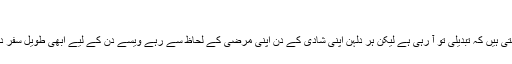
'
سپريت کہتی ہیں کہ تبدیلی تو آ رہی ہے لیکن ہر دلہن اپنی شادی کے دن اپنی مرضی کے لحاظ سے رہے ویسے دن کے لیے ابھی طویل سفر درکار ہے۔